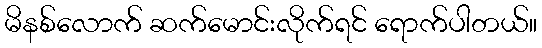
မိနစ်လောက် ဆက်မောင်းလိုက်ရင် ရောက်ပါတယ်။